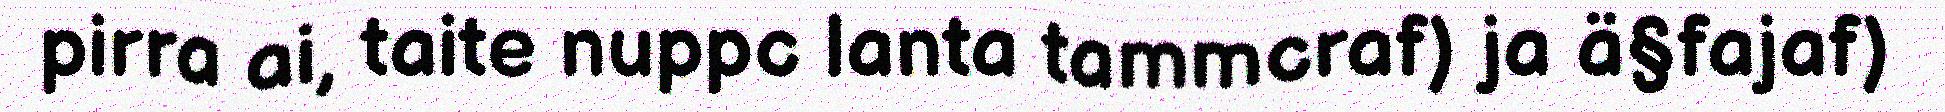
pirra ai, taite nuppc lanta tammcraf) ja ä§fajaf)